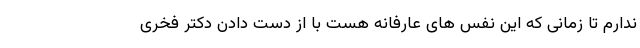
ندارم تا زمانی که این نفس های عارفانه هست با از دست دادن دکتر فخری